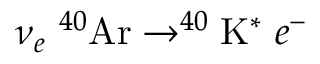
\nu _ { e } \ ^ { 4 0 } \mathrm { A r } \rightarrow ^ { 4 0 } \mathrm { K } ^ { * } \ e ^ { - }